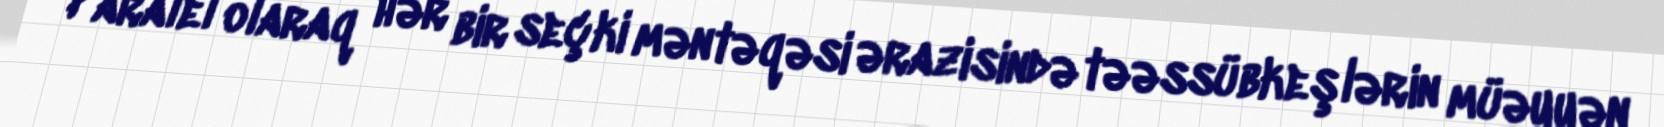
Paralel olaraq hər bir seçki məntəqəsi ərazisində təəssübkeşlərin müəyyən